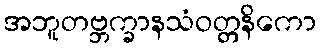
အဘူတဗ္ဘက္ခာနသံဝတ္တနိကော